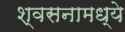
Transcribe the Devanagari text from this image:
श्वसनामध्ये